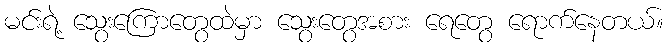
မင်းရဲ့ သွေးကြောတွေထဲမှာ သွေးတွေအစား ရေတွေ ရောက်နေတယ်။